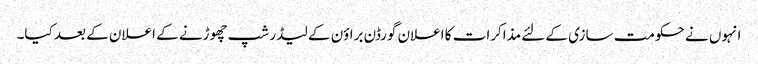
انہوں نے حکومت سازی کے لئے مذاکرات کا اعلان گورڈن براؤن کے لیڈر شپ چھوڑنے کے اعلان کے بعد کیا۔